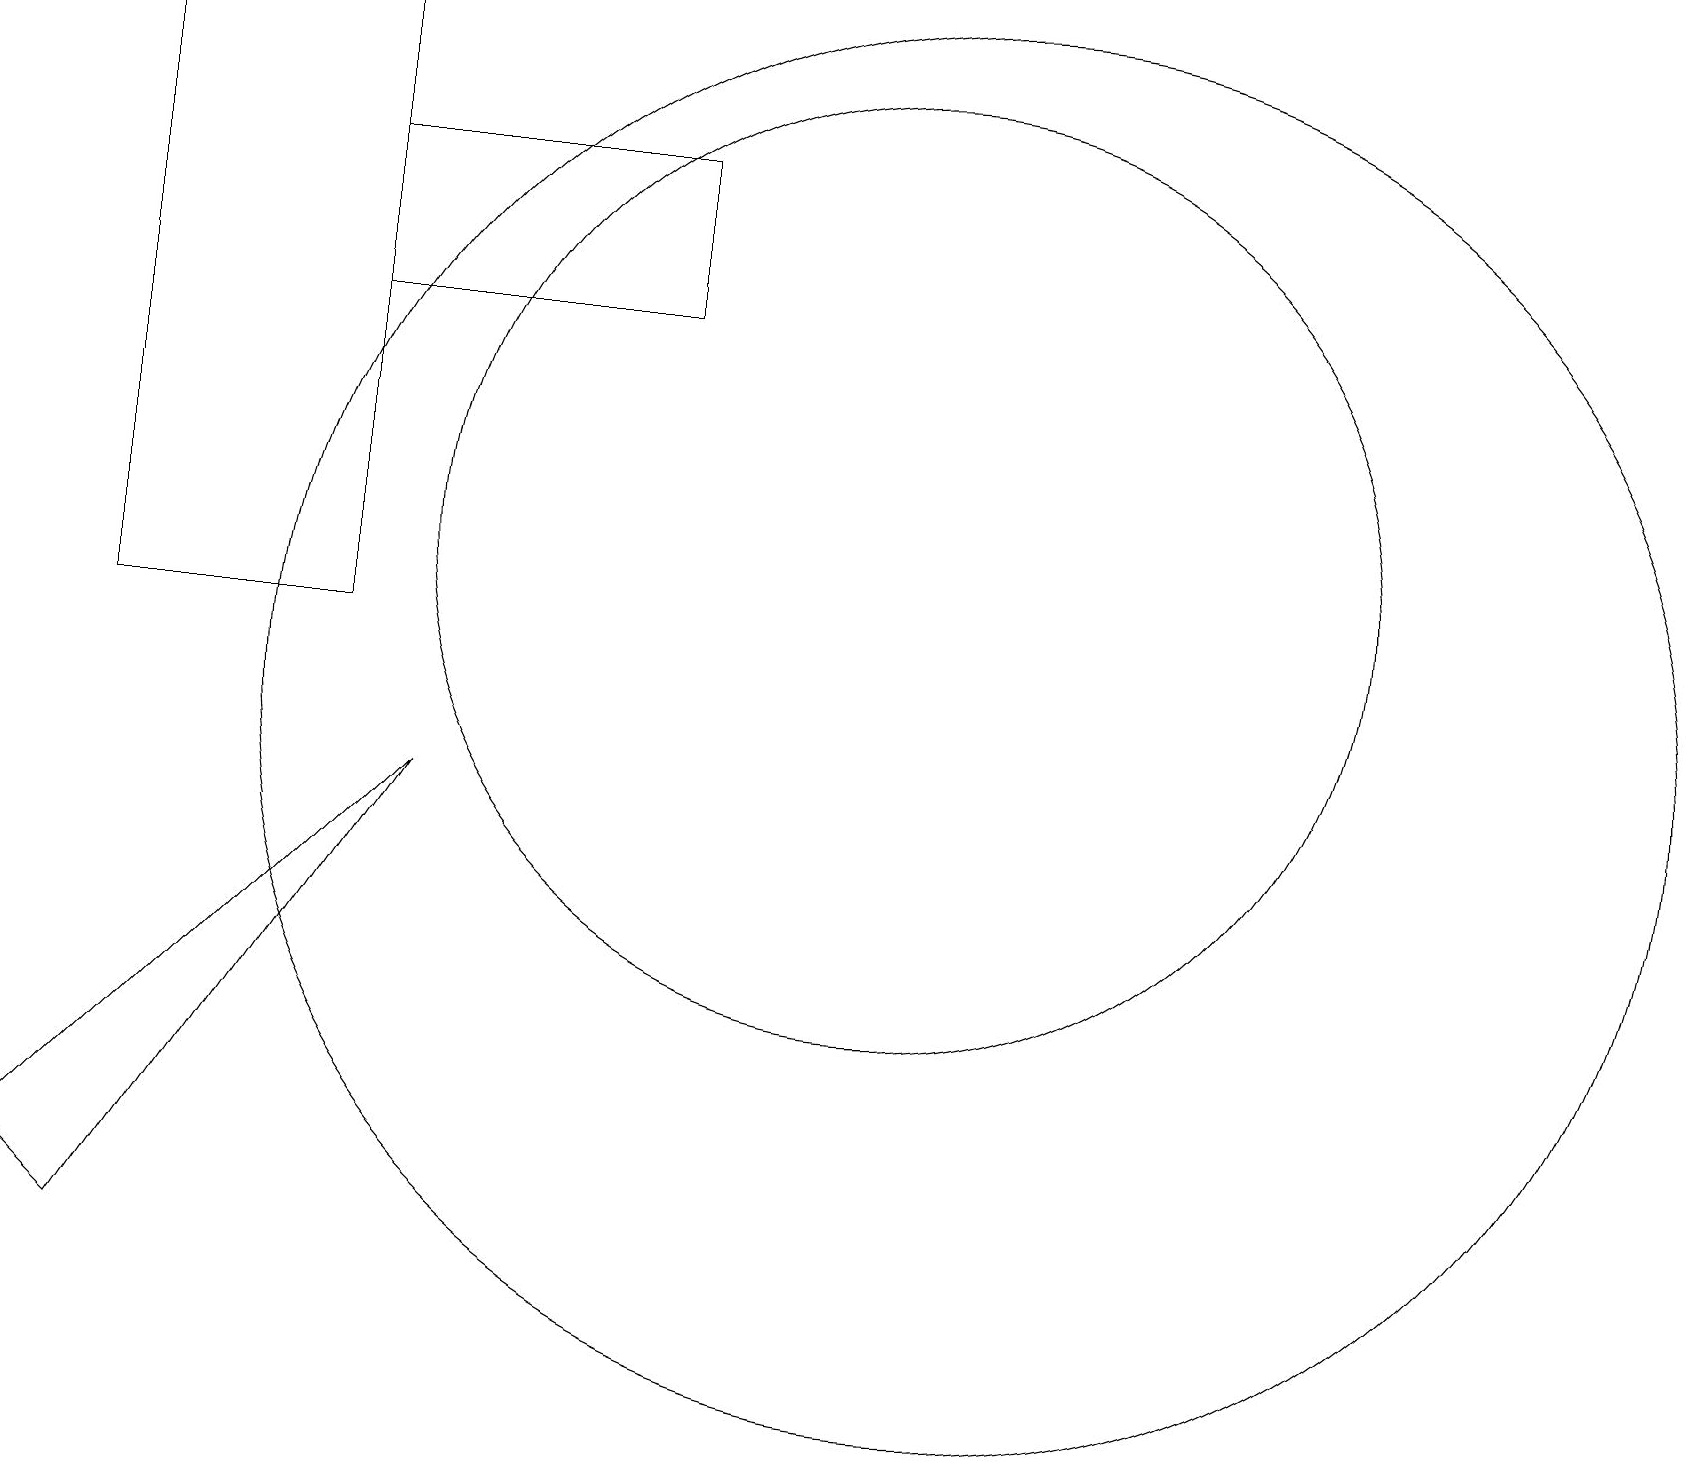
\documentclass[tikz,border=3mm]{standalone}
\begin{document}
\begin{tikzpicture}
\draw (4,15) rectangle (8,17);
\draw (1,11) rectangle (4,19);
\draw (12,10) circle (9);
\draw (1,3) -- (5,9) -- (0,4) -- cycle;
\draw (11,12) circle (6);
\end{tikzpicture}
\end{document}